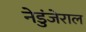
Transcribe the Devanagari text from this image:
नेडुंजेराल